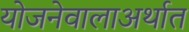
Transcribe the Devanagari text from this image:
योजनेवालाअर्थात